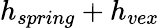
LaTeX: h_{spring}+h_{vex}